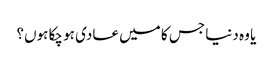
یا وہ دنیا جس کا میں عادی ہو چکا ہوں؟